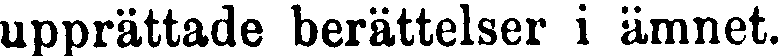
upprättade berättelser i ämnet.